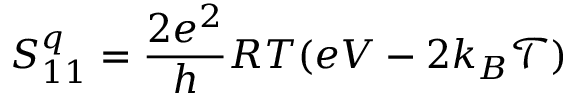
S _ { 1 1 } ^ { q } = \frac { 2 e ^ { 2 } } { h } R T ( e V - 2 k _ { B } \mathcal { T } )